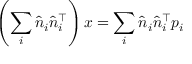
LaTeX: \left( \sum _ { i } { \hat { n } } _ { i } { \hat { n } } _ { i } ^ { \top } \right) x = \sum _ { i } { \hat { n } } _ { i } { \hat { n } } _ { i } ^ { \top } p _ { i }